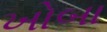
ખોબા